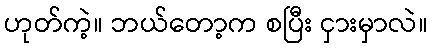
ဟုတ်ကဲ့။ ဘယ်တော့က စပြီး ငှားမှာလဲ။